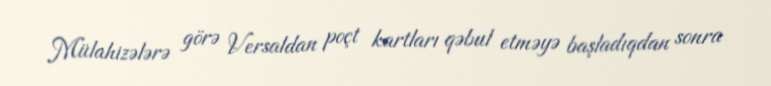
Mülahizələrə görə Versaldan poçt kartları qəbul etməyə başladıqdan sonra